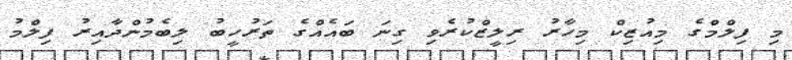
މި ފިލްމްގެ މިއުޒިކް މިހާރު ރިލީޒްކުރެވި ގިނަ ބައެއްގެ ތަރުހީބު ލިބެމުންދާއިރު ފިލްމު